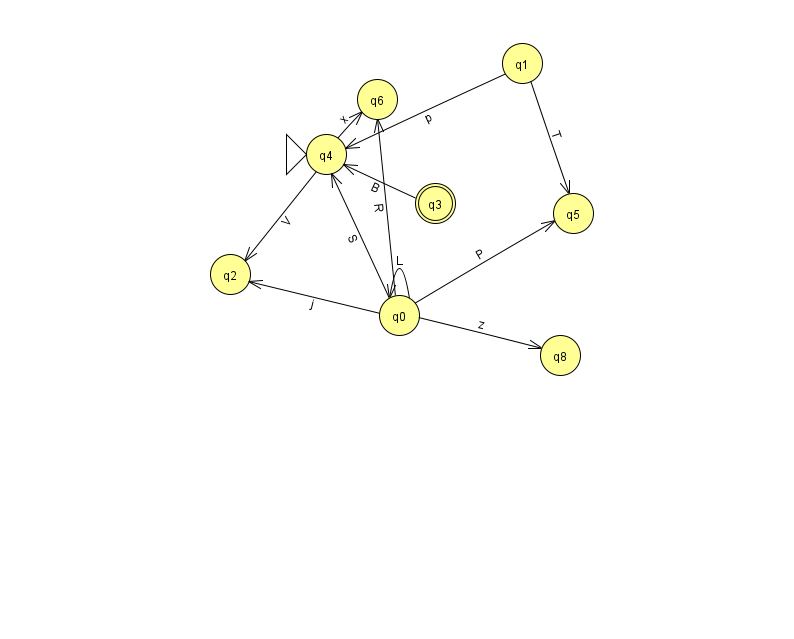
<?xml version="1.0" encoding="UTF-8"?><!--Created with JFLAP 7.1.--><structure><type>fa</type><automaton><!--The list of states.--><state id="0" name="q0"><x>399.0</x><y>302.0</y></state><state id="1" name="q1"><x>522.0</x><y>50.0</y></state><state id="2" name="q2"><x>230.0</x><y>261.0</y></state><state id="3" name="q3"><x>435.0</x><y>190.0</y><final/></state><state id="4" name="q4"><x>326.0</x><y>141.0</y><initial/></state><state id="5" name="q5"><x>573.0</x><y>200.0</y></state><state id="6" name="q6"><x>377.0</x><y>86.0</y></state><state id="8" name="q8"><x>560.0</x><y>342.0</y></state><!--The list of transitions.--><transition><from>0</from><to>6</to><read>R</read></transition><transition><from>1</from><to>4</to><read>p</read></transition><transition><from>1</from><to>5</to><read>T</read></transition><transition><from>4</from><to>6</to><read>x</read></transition><transition><from>3</from><to>4</to><read>B</read></transition><transition><from>0</from><to>8</to><read>z</read></transition><transition><from>0</from><to>0</to><read>L</read></transition><transition><from>0</from><to>2</to><read>j</read></transition><transition><from>0</from><to>4</to><read>S</read></transition><transition><from>0</from><to>5</to><read>P</read></transition><transition><from>4</from><to>2</to><read>V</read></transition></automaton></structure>